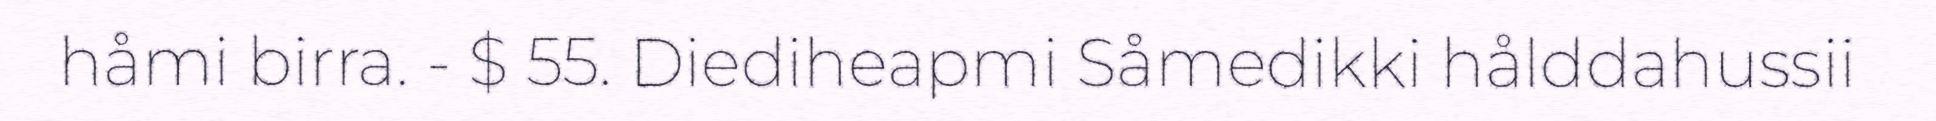
håmi birra. - $ 55. Diediheapmi Såmedikki hålddahussii